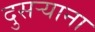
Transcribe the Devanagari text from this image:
दुसर्‍याना